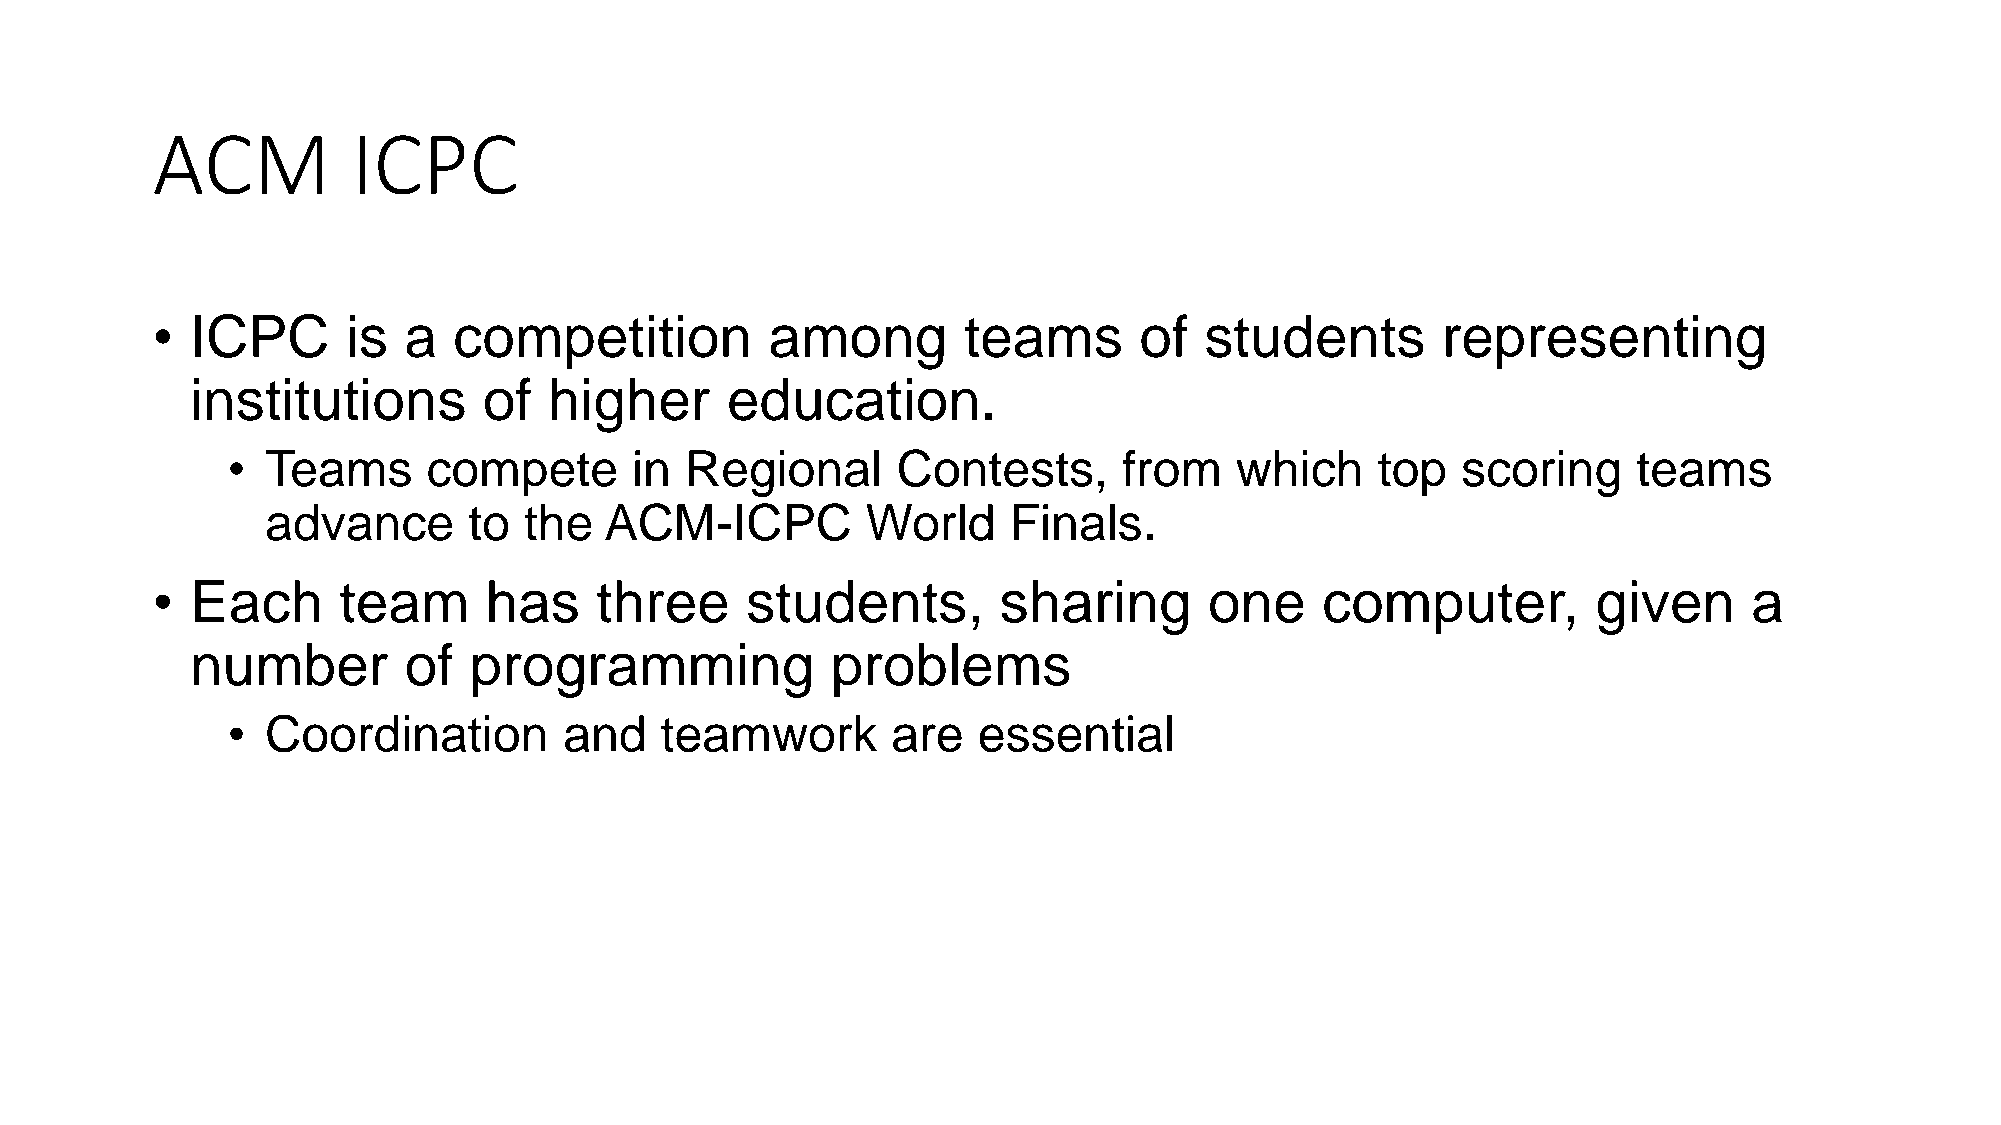
ACM          ICPC
 •  ICPC      is  a  competition          among        teams      of   students       representing
 institutions       of  higher      education.
 •  Teams     compete       in Regional      Contests,      from    which    top   scoring    teams
 advance      to  the  ACM-ICPC         World     Finals.
 •  Each     team      has    three     students,        sharing       one    computer,          given     a
 number        of  programming             problems
 •  Coordination       and    teamwork       are   essential